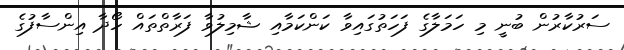
ސަރުކާރުން ބުނީ މި ހަމަލާގެ ފަހަތުގައިވާ ކަންކަމާއި ޝާމިލުވާ ފަރާތްތައް ހޯދާ އިންސާފުގެ